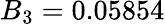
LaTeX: B_{3}=0.05854